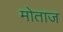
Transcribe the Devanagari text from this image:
मोताज